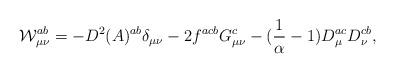
LaTeX: \begin{align*}{\cal{W}}^{ab}_{\mu \nu}=-D^2(A)^{ab} \delta_{\mu \nu} - 2 f^{acb} G^{c}_{\mu \nu}-({1 \over \alpha} - 1) D^{ac}_{\mu} D^{cb}_{\nu},\end{align*}